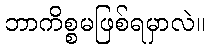
ဘာကိစ္စမဖြစ်ရမှာလဲ။